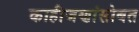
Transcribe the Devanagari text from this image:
काहीजणांसोबत